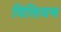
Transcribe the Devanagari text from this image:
विलियभ